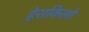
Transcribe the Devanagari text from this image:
हेराकिलो